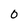
Character: 0